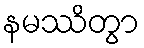
နမဿိတွာ